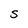
Character: S